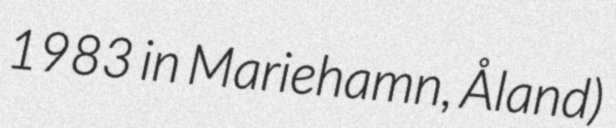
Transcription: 1983 in Mariehamn, Åland)